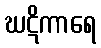
ဃဋိကာရေ